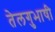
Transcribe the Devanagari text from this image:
तेलगुभाषी